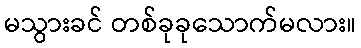
မသွားခင် တစ်ခုခုသောက်မလား။